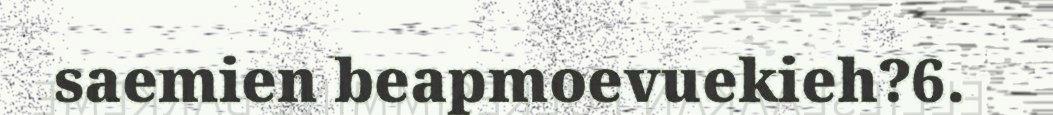
saemien beapmoevuekieh?6.